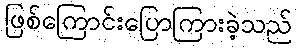
ဖြစ်ကြောင်းပြောကြားခဲ့သည်